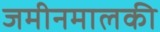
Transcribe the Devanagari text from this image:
जमीनमालकी